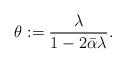
LaTeX: \begin{align*}\theta:=\frac{\lambda}{1-2\bar{\alpha}\lambda}.\end{align*}